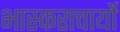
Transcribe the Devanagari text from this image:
भास्कराचार्यो